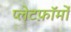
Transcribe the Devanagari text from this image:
प्लेटफ़ॉर्मों